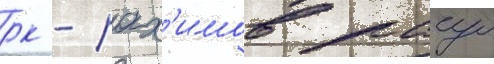
рк - рах'имов расул